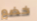
خضع